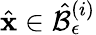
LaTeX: \hat{\mathbf{x}}\in\hat{\mathcal{B}}_{\epsilon}^{\left(i\right)}